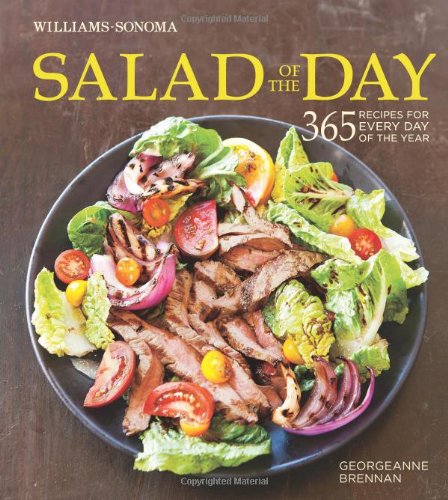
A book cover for Salad of the Day (Williams-Sonoma): 365 Recipes for Every Day of the Year; Georgeanne Brennan; Cookbooks, Food & Wine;